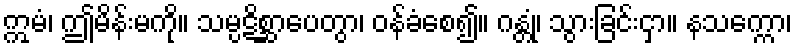
ဣမံ၊ ဤမိန်းမကို။ သမ္ပဋိစ္ဆာပေတွာ၊ ဝန်ခံစေ၍။ ဂန္တုံ၊ သွားခြင်းငှာ။ နသက္ကော၊